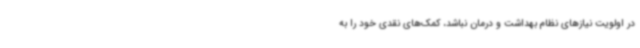
در اولویت نیازهای نظام بهداشت و درمان نباشد، کمک‌های نقدی خود را به